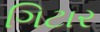
ગિટાર